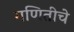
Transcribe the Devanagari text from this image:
गणितीचे